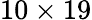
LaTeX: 10\times 19